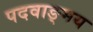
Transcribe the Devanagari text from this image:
पदवाङ्मय